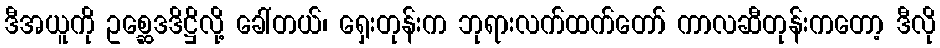
ဒီအယူကို ဥစ္ဆေဒဒိဋ္ဌိလို့ ခေါ်တယ်၊ ရှေးတုန်းက ဘုရားလက်ထက်တော် ကာလဆီတုန်းကတော့ ဒီလို